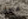
معك